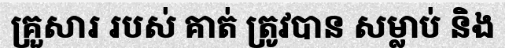
គ្រួសារ របស់ គាត់ ត្រូវបាន សម្លាប់ និង